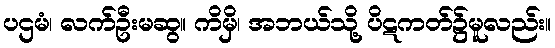
ပဌမံ၊ လက်ဦးမဆွ။ ကိမှိ၊ အဘယ်သို့ ပိဋကတ်၌မူလည်း။